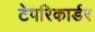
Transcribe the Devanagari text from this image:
टेपरिकार्डर